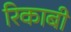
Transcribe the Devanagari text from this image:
रिकाबी